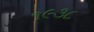
૧૯૩૮